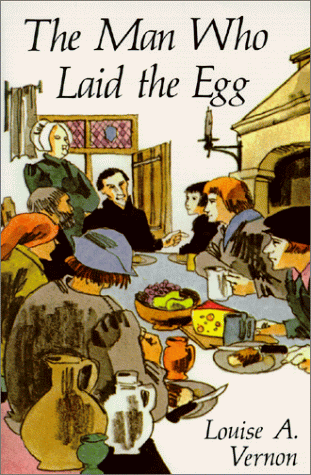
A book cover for The Man Who Laid the Egg: The Story of Erasmus; Louise A. Vernon; Children's Books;